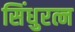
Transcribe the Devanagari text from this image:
सिंधुरत्न